Senior Leaving Certificate Examination (including Day School Certificate (Higher) General paper), 1950
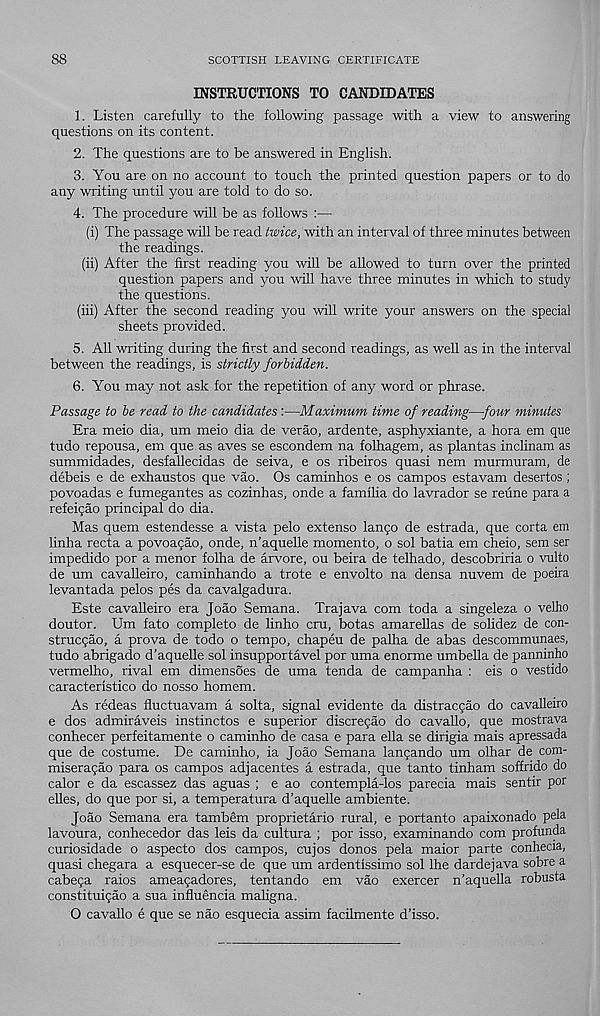
88
SCOTTISH LEAVING CERTIFICATE
INSTRUCTIONS TO CANDIDATES
1. Listen carefully to the following passage with a view to answering
questions on its content.
2. The questions are to be answered in English.
3. You are on no account to touch the printed question papers or to do
any writing until you are told to do so.
4. The procedure will be as follows :—
(i) The passage will be read twice, with an interval of three minutes between
the readings.
(ii) After the first reading you will be allowed to turn over the printed
question papers and you will have three minutes in which to study
the questions.
(hi) After the second reading you will write your answers on the special
sheets provided.
5. All writing during the first and second readings, as well as in the interval
between the readings, is strictly forbidden.
6. You may not ask for the repetition of any word or phrase.
Passage to be read to the candidates:—Maximum time of reading—four minutes
Era meio dia, um meio dia de verao, ardente, asphyxiante, a hora em que
tudo repousa, em que as aves se escondem na folhagem, as plantas inclinam as
summidades, desfallecidas de seiva, e os ribeiros quasi nem murmuram, de
debeis e de exhaustos que vao. Os caminhos e os campos estavam desertos ;
povoadas e fumegantes as cozinhas, onde a familia do lavrador se reiine para a
refeigao principal do dia.
Mas quern estendesse a vista pelo extenso lango de estrada, que corta em
linha recta a povoagao, onde, n’aquelle momento, o sol batia em cheio, sem ser
impedido por a menor folha de arvore, ou beira de telhado, descobriria o vulto
de um cavalleiro, caminhando a trote e envolto na densa nuvem de poeira
levantada pelos pes da cavalgadura.
Este cavalleiro era Joao Semana. Trajava com toda a singeleza o velho
doutor. Um fato complete de linho cru, betas amarellas de solidez de con-
struegao, a prova de todo o tempo, chapeu de palha de abas descommunaes,
tudo abrigado d’aquelle sol insupportavel por uma enorme umbella de panninho
vermelho, rival em dimensoes de uma tenda de campanha : eis o vestido
caracteristico do nosso homem.
As redeas fluctuavam a solta, signal evidente da distraegao do cavalleiro
e dos admiraveis instinctos e superior discregao do cavallo, que mostrava
conhecer perfeitamente o caminho de casa e para ella se dirigia mais apressada
que de costume. De caminho, ia Joao Semana langando um olhar de com-
miseragao para os campos adjacentes a estrada, que tanto tinham soffrido do
calor e da escassez das aguas ; e ao contempla-los parecia mais sentir por
elles, do que por si, a temperatura d’aquelle ambiente.
Joao Semana era tambem proprietario rural, e portanto apaixonado pela
lavoura, conhecedor das leis da cultura ; por isso, examinando com profunda
curiosidade o aspecto dos campos, cujos donos pela maior parte conhecia,
quasi chegara a esquecer-se de que um ardentissimo sol Ihe dardejava sobre a
cabega raios ameagadores, tentando em vao exercer n’aquella robusta
constituigao a sua influencia maligna.
O cavallo e que se nao esquecia assim facilmente d’isso.